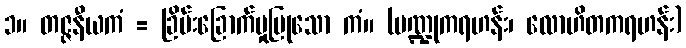
၁။ တဇ္ဇနီယကံ = ခြိမ်းခြောက်မှုပြုသော ကံ။ (ပဏ္ဍုကရဟန်း၊ လောဟိတကရဟန်း)